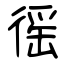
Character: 徭